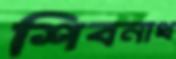
শিবনাথ